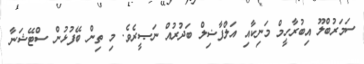
ސަމަރުބްލޫ އިބުރާހީމް މަނިކާއި އަލްފާޟިލް ބަދުރުއް ނަޞީރެވެ. މި ތިން ބޭފުޅުން ސްޓޭޝަނާ